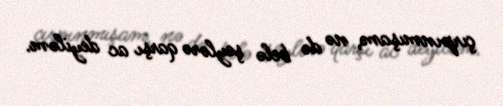
çırpınmışam, nə də belə şeylərə qarşı ac deyiləm.